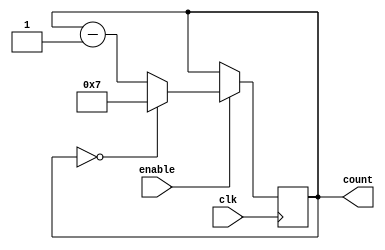
module ModuloNDownCounter (
  input wire clk,
  input wire enable,
  output reg [N-1:0] count
);

parameter N = 8; // Define the value of N

always @(posedge clk) begin
  if (enable) begin
    if (count == 0) begin
      count <= N-1;
    end else begin
      count <= count - 1;
    end
  end
end

endmodule